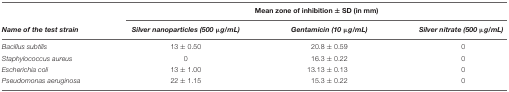
|  | <COLSPAN=3> Mean zone of inhibition ± SD (in mm) |
 | Name of the test strain | Silver nanoparticles (500 μg/mL) | Gentamicin (10 μg/mL) | Silver nitrate (500 μg/mL) |
 | --- | --- | --- | --- |
 | Bacillus subtilis | 13 ± 0.50 | 20.8 ± 0.59 | 0 |
 | Staphylococcus aureus | 0 | 16.3 ± 0.22 | 0 |
 | Escherichia coli | 13 ± 1.00 | 13.13 ± 0.13 | 0 |
 | Pseudomonas aeruginosa | 22 ± 1.15 | 15.3 ± 0.22 | 0 |